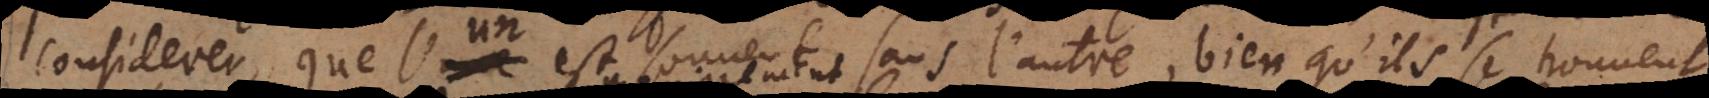
considerer, que l’un est souvent sans l’autre, bien qu’ils se trouve